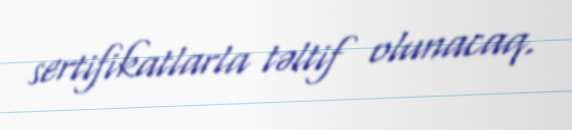
sertifikatlarla təltif olunacaq.